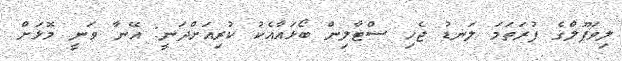
ލިވަޕޫލްގެ ފުރަތަމަ ލަނޑު ޖެހި ސްޓާލިން ބޯޅައާއެކު ކުރިއަށްދަނީ: އޭނާ ވަނީ މޮޅަށް